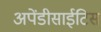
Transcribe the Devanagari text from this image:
अपेंडीसाईटिस